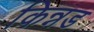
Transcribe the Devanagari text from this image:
किन्नड